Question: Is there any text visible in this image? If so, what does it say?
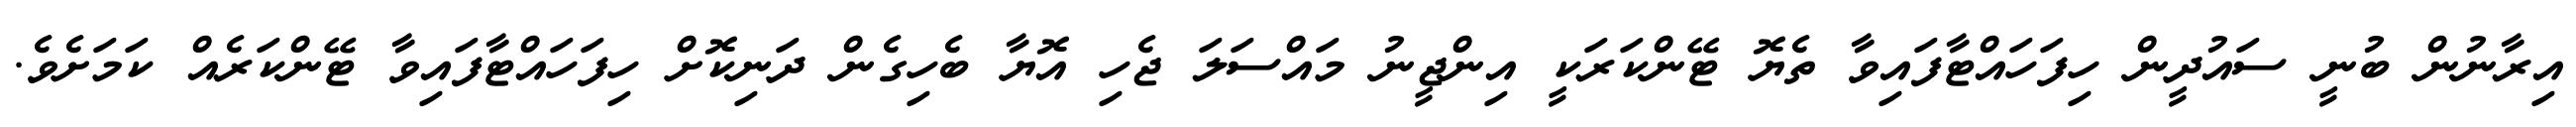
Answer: އިރާނުން ބުނީ ސައުދީން ހިފަހައްޓާފައިވާ ތެޔޮ ޓޭންކަރަކީ އިންޖީނު މައްސަލަ ޖެހި އޮޔާ ބެހިގެން ދަނިކޮށް ހިފަހައްޓާފައިވާ ޓޭންކަރެއް ކަމަށެވެ.